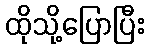
ထိုသို့ပြောပြီး